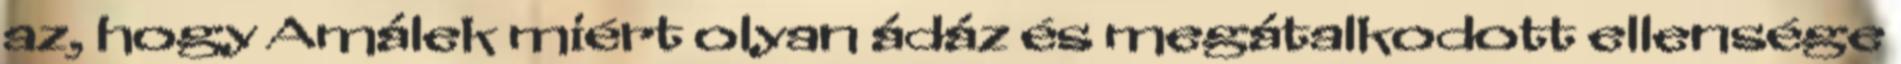
az, hogy Amálek miért olyan ádáz és megátalkodott ellensége